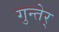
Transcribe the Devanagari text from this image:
गुन्तेर्